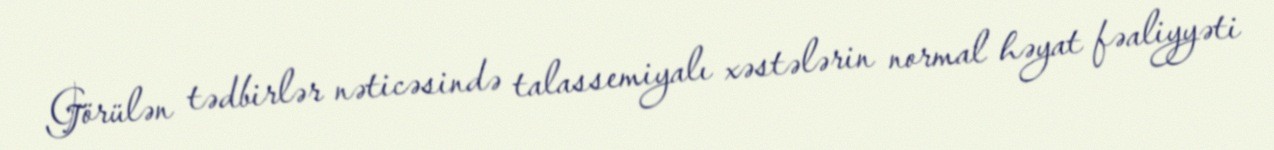
Görülən tədbirlər nəticəsində talassemiyalı xəstələrin normal həyat fəaliyyəti